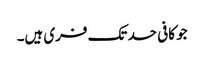
جو کافی حد تک فری ہیں۔